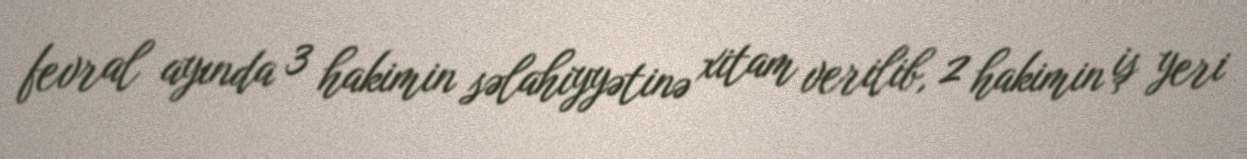
fevral ayında 3 hakimin səlahiyyətinə xitam verilib, 2 hakimin iş yeri